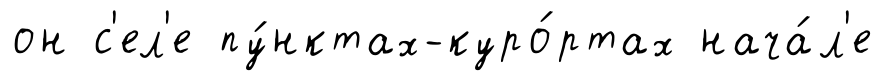
он с'ел'е пу́нктах-куро́ртах нача́л'е